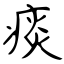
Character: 痰